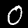
Digit: 0